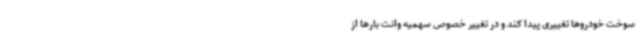
سوخت خودروها تغییری پیدا کند و در تغییر خصوص سهمیه وانت بارها از